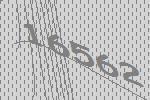
16562